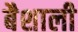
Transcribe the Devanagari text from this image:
बैशाली